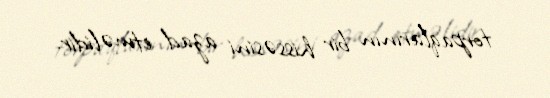
torpaqlarının bir hissəsini azad etməlidir.